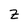
Character: Z